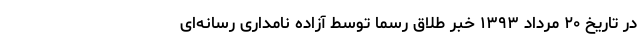
در تاریخ ۲۰ مرداد ۱۳۹۳ خبر طلاق رسماً توسط آزاده نامداری رسانه‌ای